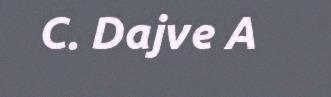
C. Dajve A